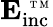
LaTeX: \mathbf{E_{\mathrm{inc}}^{\mathrm{~\tiny~T~M~}}}